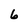
Character: 6